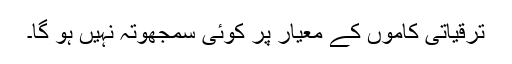
ترقیاتی کاموں کے معیار پر کوئی سمجھوتہ نہیں ہو گا۔